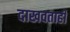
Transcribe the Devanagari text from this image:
दाखवताही